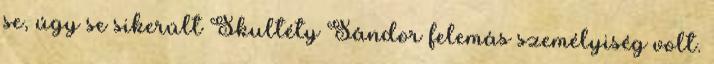
se, úgy se sikerült Skultéty Sándor felemás személyiség volt.